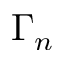
\Gamma _ { n }